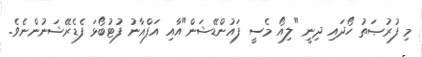
މި ފުރުޞަތު ހޯދައި ދިނީ "ލިއޯ މެސީ ފައުންޑޭޝަން"އާއި އަފްޣާނު ފުޓުބޯޅަ ފެޑެރޭޝަނުންނެވެ.